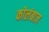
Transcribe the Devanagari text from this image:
कोलंबाज